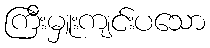
ကြီးမှူးကျင်းပသော